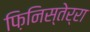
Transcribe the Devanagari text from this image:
फ़िनिस्तेर्रा